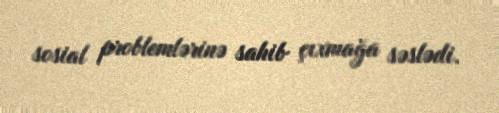
sosial problemlərinə sahib çıxmağa səslədi.